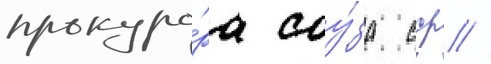
прокуро́ра соу́за сср //